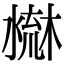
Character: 𣻤